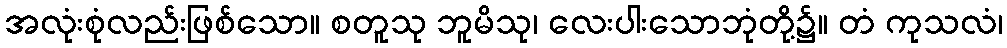
အလုံးစုံလည်းဖြစ်သော။ စတူသု ဘူမိသု၊ လေးပါးသောဘုံတို့၌။ တံ ကုသလံ၊